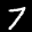
Label: 7